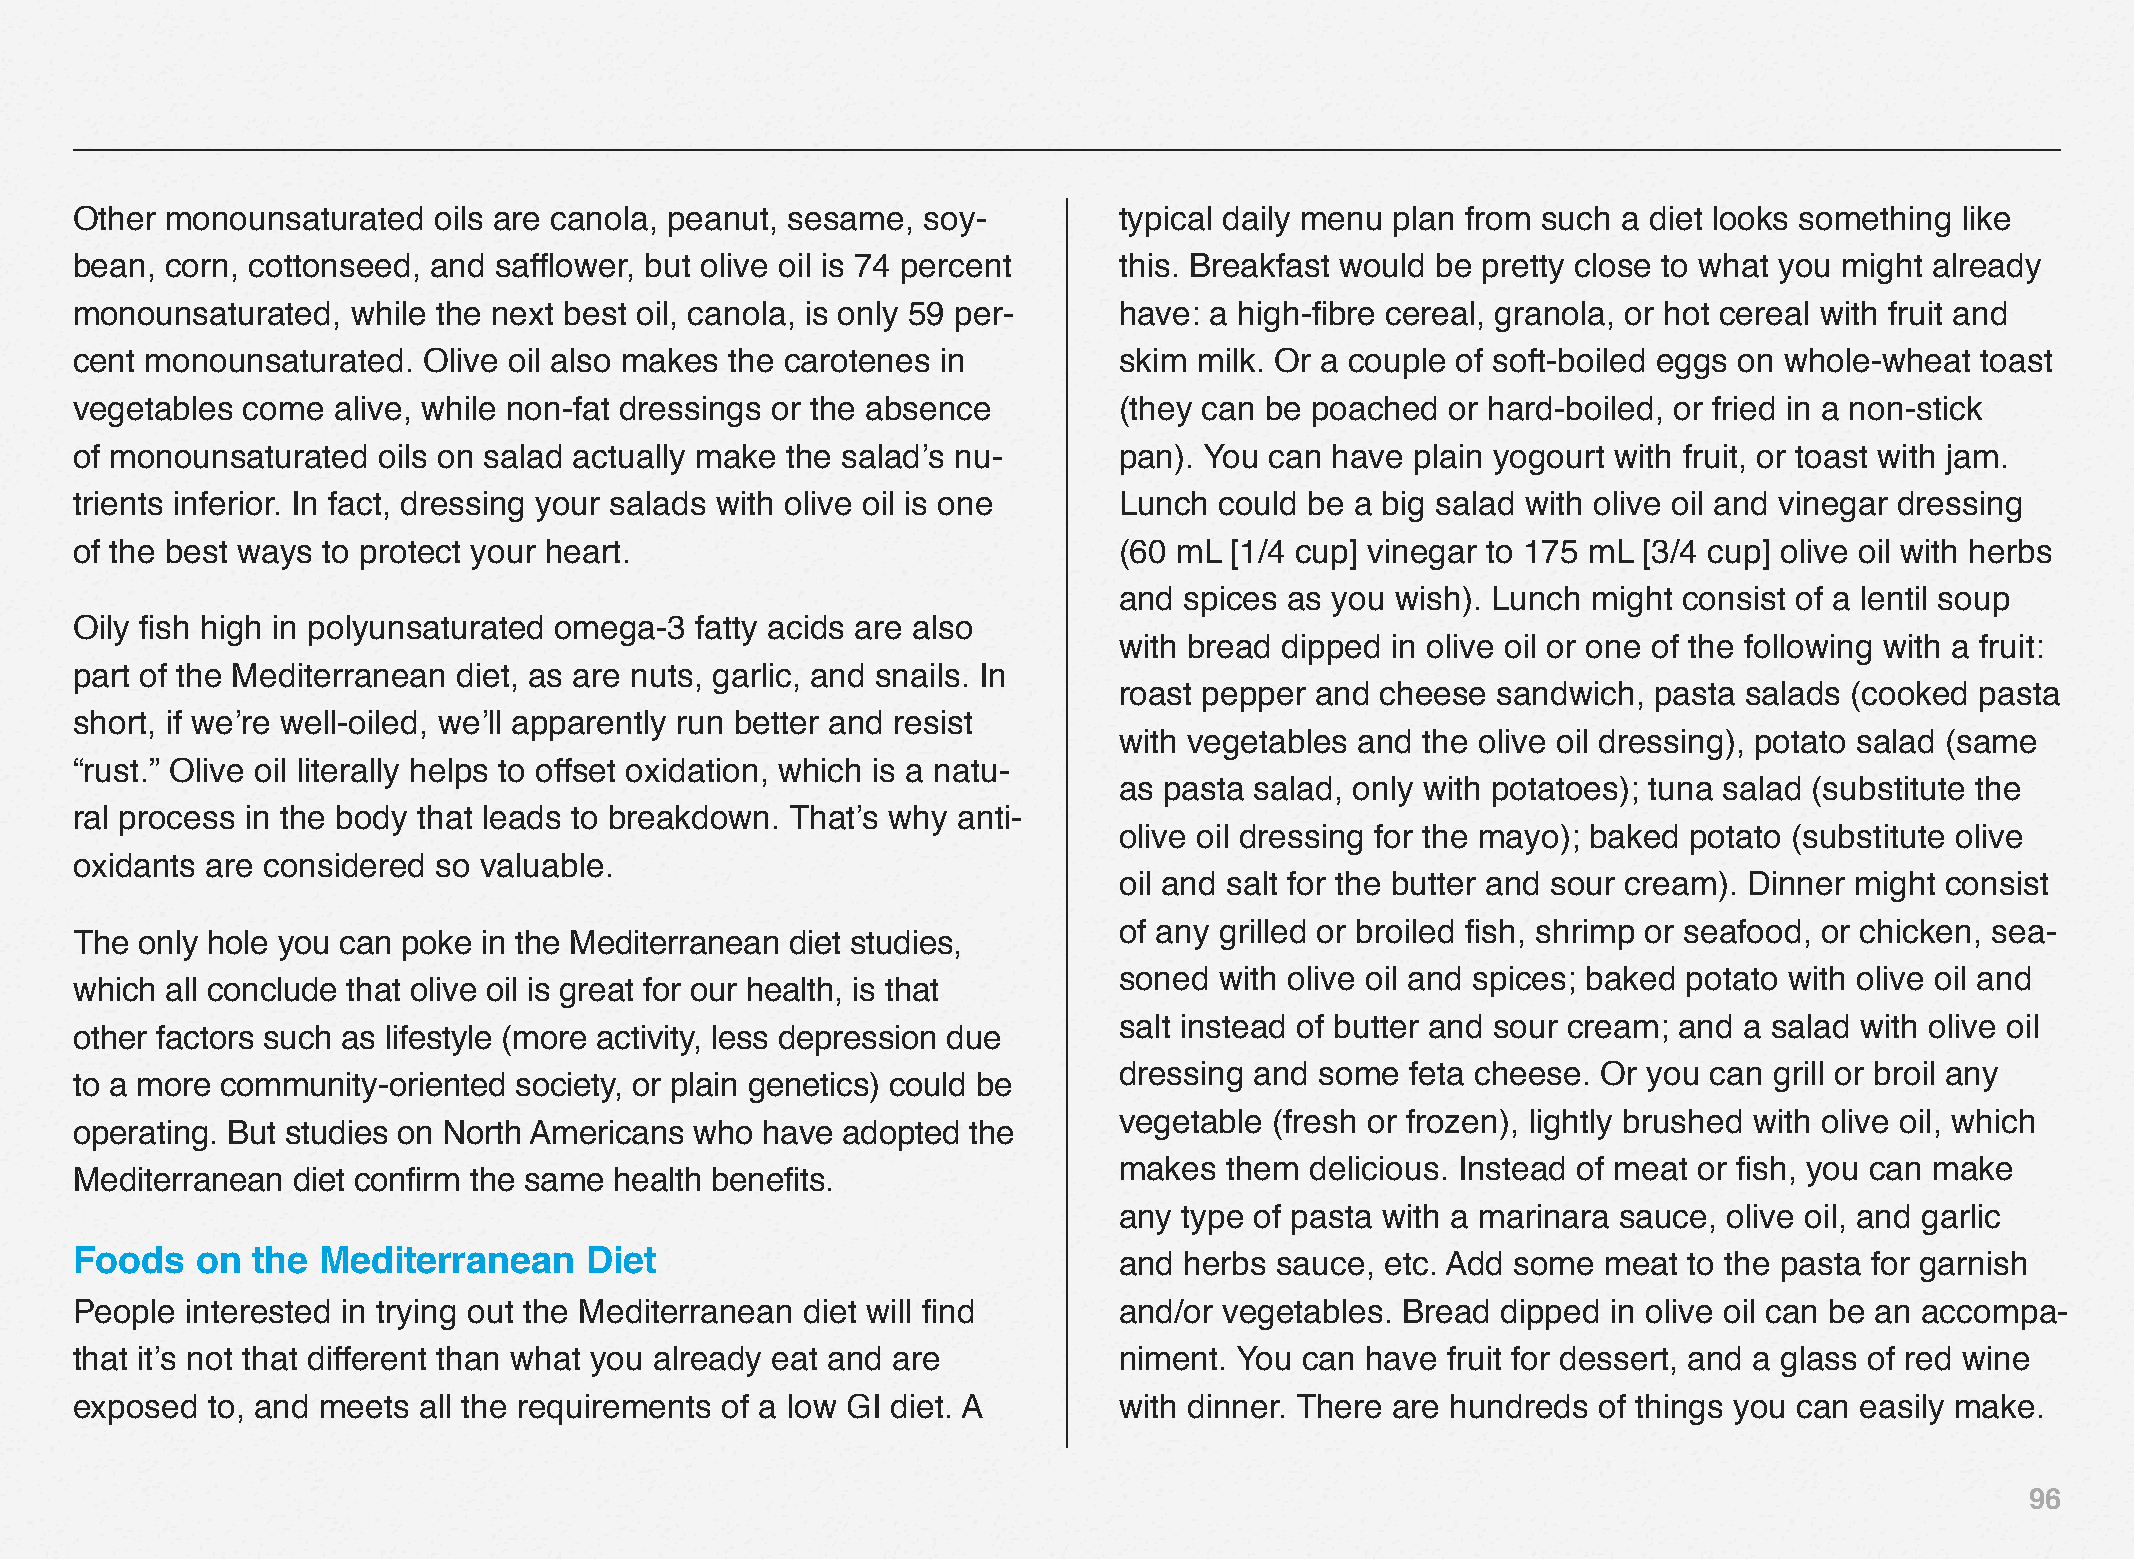
Other monounsaturated   oils are canola, peanut, sesame, soy-        typical daily menu plan from such a diet looks something like
 bean, corn, cottonseed, and safflower, but olive oil is 74 percent   this. Breakfast would be pretty close to what you might already
 monounsaturated,  while the next best oil, canola, is only 59 per-   have: a high-fibre cereal, granola, or hot cereal with fruit and
 cent monounsaturated.  Olive oil also makes the carotenes in         skim milk. Or a couple of soft-boiled eggs on whole-wheat toast
 vegetables come  alive, while non-fat dressings or the absence       (they can be poached  or hard-boiled, or fried in a non-stick
 of monounsaturated  oils on salad actually make the salad’s nu-      pan). You can have  plain yogourt with fruit, or toast with jam.
 trients inferior. In fact, dressing your salads with olive oil is one Lunch could be a big salad with olive oil and vinegar dressing
 of the best ways to protect your heart.                              (60 mL [1/4 cup] vinegar to 175 mL [3/4 cup] olive oil with herbs
 and spices as you wish). Lunch might consist of a lentil soup
 Oily fish high in polyunsaturated omega-3 fatty acids are also
 with bread dipped in olive oil or one of the following with a fruit:
 part of the Mediterranean diet, as are nuts, garlic, and snails. In
 roast pepper and cheese  sandwich,  pasta salads (cooked pasta
 short, if we’re well-oiled, we’ll apparently run better and resist
 with vegetables and the olive oil dressing), potato salad (same
 “rust.” Olive oil literally helps to offset oxidation, which is a natu-
 as pasta salad, only with potatoes); tuna salad (substitute the
 ral process in the body that leads to breakdown. That’s why anti-
 olive oil dressing for the mayo); baked potato (substitute olive
 oxidants are considered so valuable.
 oil and salt for the butter and sour cream). Dinner might consist
 of any grilled or broiled fish, shrimp or seafood, or chicken, sea-
 The only hole you can poke in the Mediterranean diet studies,
 soned  with olive oil and spices; baked potato with olive oil and
 which all conclude that olive oil is great for our health, is that
 salt instead of butter and sour cream; and a salad with olive oil
 other factors such as lifestyle (more activity, less depression due
 dressing and some  feta cheese. Or you can grill or broil any
 to a more community-oriented society, or plain genetics) could be
 vegetable (fresh or frozen), lightly brushed with olive oil, which
 operating. But studies on North Americans who have adopted the
 makes  them  delicious. Instead of meat or fish, you can make
 Mediterranean diet confirm the same health benefits.
 any type of pasta with a marinara sauce, olive oil, and garlic
 Foods   on  the Mediterranean     Diet                               and herbs sauce,  etc. Add some meat  to the pasta for garnish
 People interested in trying out the Mediterranean diet will find     and/or vegetables. Bread dipped  in olive oil can be an accompa-
 that it’s not that different than what you already eat and are       niment. You can have  fruit for dessert, and a glass of red wine
 exposed  to, and meets all the requirements of a low GI diet. A      with dinner. There are hundreds of things you can easily make.
 96